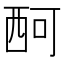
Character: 𧟫